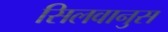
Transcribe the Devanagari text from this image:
सिलवानुस